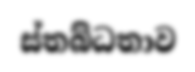
ස්තබ්ධතාව